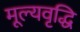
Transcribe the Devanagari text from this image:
मूल्‍यवृद्धि